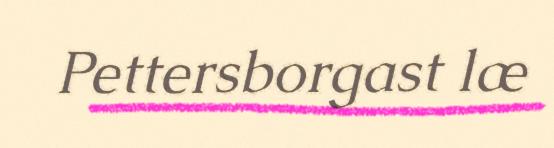
Pettersborgast læ